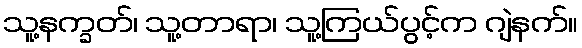
သူ့နက္ခတ်၊ သူ့တာရာ၊ သူ့ကြယ်ပွင့်က ဂျဲနက်။